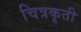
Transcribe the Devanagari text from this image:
चित्रकृती